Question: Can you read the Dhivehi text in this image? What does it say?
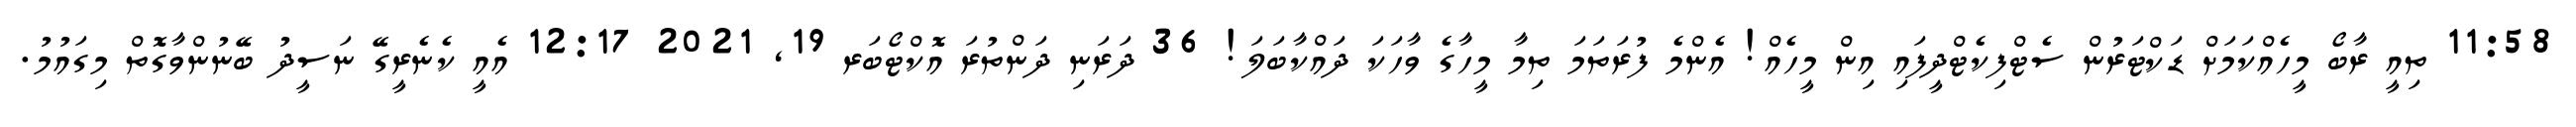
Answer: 11:58 ތިއީ ރާބޯ މީހެއްކަމަށް ޑަކްޓަރުން ސެޓްފިކެޓްދީފައި އިން މީހެއް! އެންމެ ފުރަތަމަ ތިމާ މީހާގެ ވާހަކަ ދައްކާބަލަ! 36 ދަރަނި ދަންތުރަ އޮކްޓޯބަރ 19, 2021 12:17 އެއީ ކެނެރީގޭ ނަސީދު ބޭނުންވާގޮތް މިގައުމު.